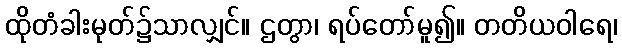
ထိုတံခါးမုတ်၌သာလျှင်။ ဌတွာ၊ ရပ်တော်မူ၍။ တတိယဝါရေ၊